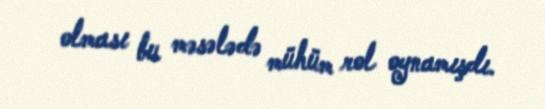
olması bu məsələdə mühüm rol oynamışdı.